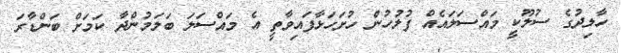
ހާލިދުގެ ސުލޫކީ މައްސަލައެއް ފުލުހުން ހުށަހަޅާފައިވާތީ އެ މައްސަލަ ބަލަމުންދާ ކަމަށް ބަންޑާރަ